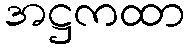
အဋ္ဌကထာ